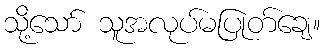
သို့သော် သူအလုပ်မပြုတ်ချေ။